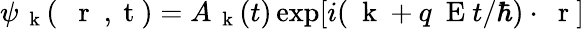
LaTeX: \psi_{\mathrm{~\mathbf~k~}}(\mathrm{~{~\mathbf~r~}~,~t~})=A_{\mathrm{~\mathbf~k~}}(t)\exp[i(\mathrm{~\mathbf~k~}+q\mathrm{~\mathbf~E~}t/\hbar)\cdot\mathrm{~\mathbf~r~}]